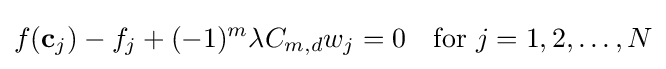
f(\mathbf {c} _{j})-f_{j}+(-1)^{m}\lambda C_{m,d}w_{j}=0\quad {\text{for}}\ j=1,2,\ldots ,N